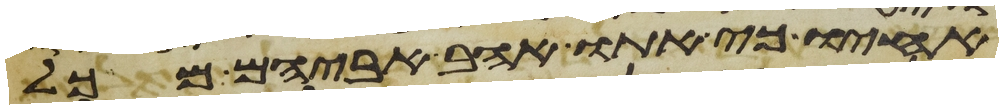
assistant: אחיו כי אתו אהב אביהם מכל